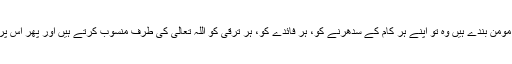
شکر گزاری کے بھی مختلف مواقع انسان کو ملتے رہتے ہیں اور جو مومن بندے ہیں وہ تو اپنے ہر کام کے سدھرنے کو، ہر فائدے کو، ہر ترقی کو اللہ تعالیٰ کی طرف منسوب کرتے ہیں اور پھر اس پر اللہ تعالیٰ کا شکر بجا لاتے ہیں اور ہمیشہ عبد شکور بنے رہتے ہیں۔